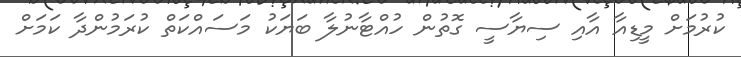
ކުރުމަށް މީޑިއާ އާއި ސިޔާސީ ގޮތުން ހުއްޓާނުލާ ބަޔަކު މަސައްކަތް ކުރަމުންދާ ކަމަށް